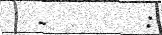
-       :